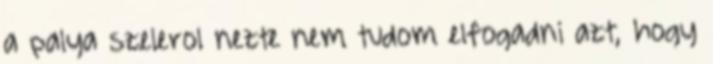
a palya szelerol nezte nem tudom elfogadni azt, hogy